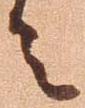
者